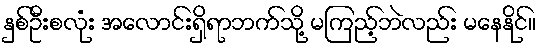
နှစ်ဦးစလုံး အလောင်းရှိရာဘက်သို့ မကြည့်ဘဲလည်း မနေနိုင်။